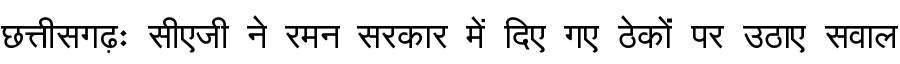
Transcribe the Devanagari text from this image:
छत्तीसगढ़ः सीएजी ने रमन सरकार में दिए गए ठेकों पर उठाए सवाल